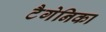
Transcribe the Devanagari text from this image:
टैगेनिका